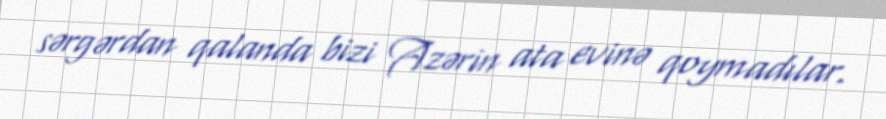
sərgərdan qalanda bizi Azərin ata evinə qoymadılar.